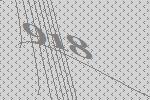
918